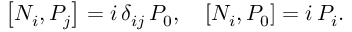
\left[ N _ { i } , { \cal P } _ { j } \right] = i \, \delta _ { i j } \, { \cal P } _ { 0 } , \quad \left[ N _ { i } , { \cal P } _ { 0 } \right] = i \, { \cal P } _ { i } .